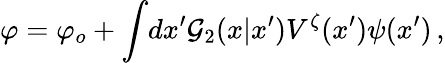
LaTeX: \varphi=\varphi_{o}+\int\! dx^{\prime}{\cal G}_{2}(x|x^{\prime})V^{\zeta}(x^{\prime})\psi(x^{\prime})\, ,